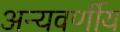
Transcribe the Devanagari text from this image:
अन्यवर्णीय